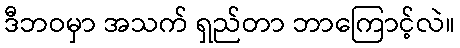
ဒီဘဝမှာ အသက် ရှည်တာ ဘာကြောင့်လဲ။